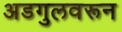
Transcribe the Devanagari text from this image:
अडगुलवरून